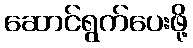
ဆောင်ရွက်ပေးဖို့